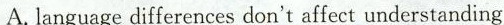
A. language differences don't affect understanding